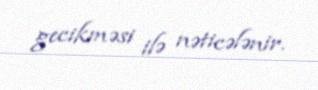
gecikməsi ilə nəticələnir.